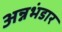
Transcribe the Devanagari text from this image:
अन्नभंडार